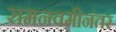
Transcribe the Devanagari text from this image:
रामनवमीनंतर